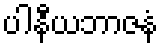
ပါနီယဘာဇနံ